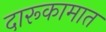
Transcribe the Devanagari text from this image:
दारूकामात